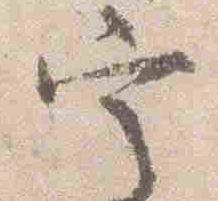
定